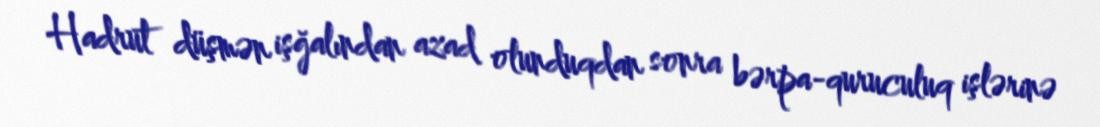
Hadrut düşmən işğalından azad olunduqdan sonra bərpa-quruculuq işlərinə